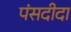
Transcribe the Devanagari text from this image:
पंसदीदा